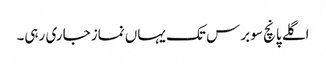
اگلے پانچ سو برس تک یہاں نماز جاری رہی۔